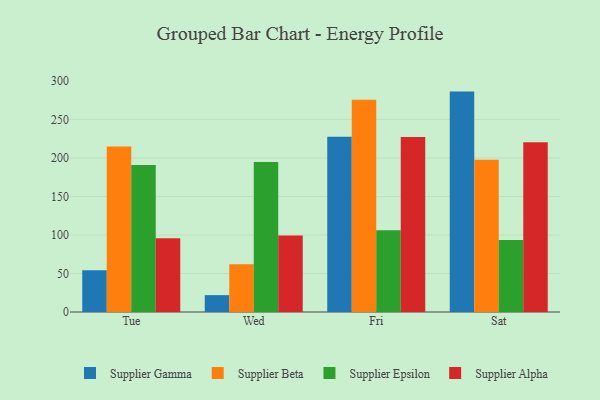
{"axis": {"x": "Day", "y": "Operating Costs (USD K)"}, "legend": ["Supplier Alpha", "Supplier Beta", "Supplier Epsilon", "Supplier Gamma"], "data": [{"x": "Tue", "y": 54.2, "type": "Supplier Gamma"}, {"x": "Tue", "y": 215.0, "type": "Supplier Beta"}, {"x": "Tue", "y": 190.9, "type": "Supplier Epsilon"}, {"x": "Tue", "y": 95.7, "type": "Supplier Alpha"}, {"x": "Wed", "y": 21.9, "type": "Supplier Gamma"}, {"x": "Wed", "y": 62.1, "type": "Supplier Beta"}, {"x": "Wed", "y": 194.7, "type": "Supplier Epsilon"}, {"x": "Wed", "y": 99.3, "type": "Supplier Alpha"}, {"x": "Fri", "y": 227.7, "type": "Supplier Gamma"}, {"x": "Fri", "y": 275.7, "type": "Supplier Beta"}, {"x": "Fri", "y": 106.0, "type": "Supplier Epsilon"}, {"x": "Fri", "y": 227.2, "type": "Supplier Alpha"}, {"x": "Sat", "y": 286.2, "type": "Supplier Gamma"}, {"x": "Sat", "y": 197.7, "type": "Supplier Beta"}, {"x": "Sat", "y": 93.4, "type": "Supplier Epsilon"}, {"x": "Sat", "y": 220.4, "type": "Supplier Alpha"}]}